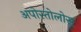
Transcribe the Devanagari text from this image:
अपोस्तोलोस्